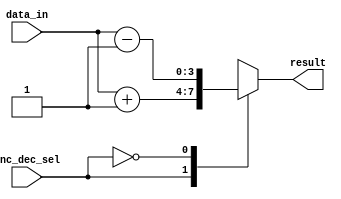
module inc_or_dec (data_in, inc_dec_sel, result);
    input inc_dec_sel;
    input [3:0] data_in;    
    output reg [3:0] result;
    reg cout;
    always @(data_in or inc_dec_sel) begin
        case (inc_dec_sel)
            1'b1: {cout, result} = data_in + 1;
            1'b0: {cout, result} = data_in - 1;
        endcase
    end
endmodule